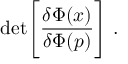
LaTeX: \mathrm { d e t } \Bigg [ { \frac { \delta \Phi ( x ) } { \delta \Phi ( p ) } } \Bigg ] \; .